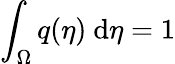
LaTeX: \int_{\Omega}q(\eta)\ \mathrm{d}\eta=1